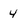
Character: 4